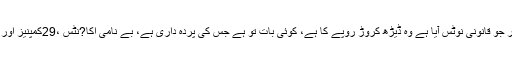
سابق صدر آصف زرداری نے کہا ہے کہ ہمارے خلاف کرپشن کا 40ارب روپے کا ڈھول بجایا گیا اور جو قانونی نوٹس آیا ہے وہ ڈیڑھ کروڑ روپے کا ہے، کوئی بات تو ہے جس کی پردہ داری ہے، بے نامی اکا?نٹس ،29کمپنیز اور 35ارب کے الزامات کو یکسر مسترد کرتے ہیں، پہلے بھی ایسے کیسز کا سامنا کیا اب بھی کروں گا۔